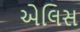
એલિસ